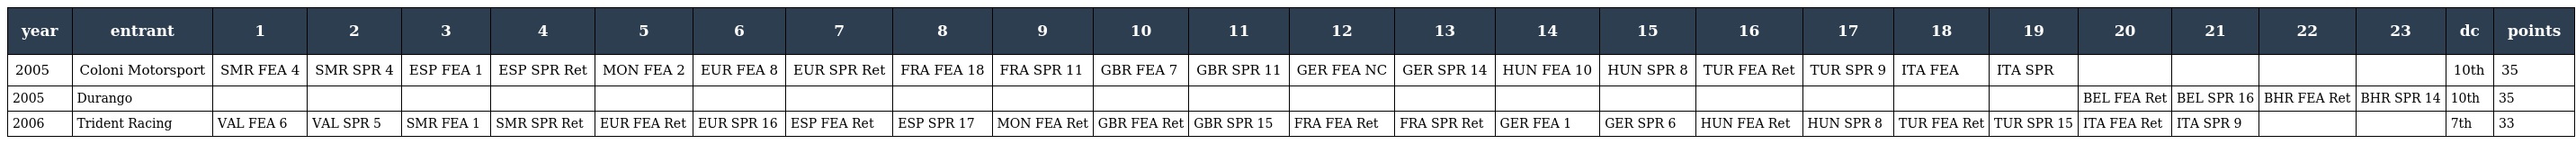
| year | entrant | 1 | 2 | 3 | 4 | 5 | 6 | 7 | 8 | 9 | 10 | 11 | 12 | 13 | 14 | 15 | 16 | 17 | 18 | 19 | 20 | 21 | 22 | 23 | dc | points |
 | --- | --- | --- | --- | --- | --- | --- | --- | --- | --- | --- | --- | --- | --- | --- | --- | --- | --- | --- | --- | --- | --- | --- | --- | --- | --- | --- |
 | 2005 | Coloni Motorsport | SMR FEA 4 | SMR SPR 4 | ESP FEA 1 | ESP SPR Ret | MON FEA 2 | EUR FEA 8 | EUR SPR Ret | FRA FEA 18 | FRA SPR 11 | GBR FEA 7 | GBR SPR 11 | GER FEA NC | GER SPR 14 | HUN FEA 10 | HUN SPR 8 | TUR FEA Ret | TUR SPR 9 | ITA FEA | ITA SPR |  |  |  |  | 10th | 35 |
 | 2005 | Durango |  |  |  |  |  |  |  |  |  |  |  |  |  |  |  |  |  |  |  | BEL FEA Ret | BEL SPR 16 | BHR FEA Ret | BHR SPR 14 | 10th | 35 |
 | 2006 | Trident Racing | VAL FEA 6 | VAL SPR 5 | SMR FEA 1 | SMR SPR Ret | EUR FEA Ret | EUR SPR 16 | ESP FEA Ret | ESP SPR 17 | MON FEA Ret | GBR FEA Ret | GBR SPR 15 | FRA FEA Ret | FRA SPR Ret | GER FEA 1 | GER SPR 6 | HUN FEA Ret | HUN SPR 8 | TUR FEA Ret | TUR SPR 15 | ITA FEA Ret | ITA SPR 9 |  |  | 7th | 33 |